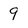
Character: 9